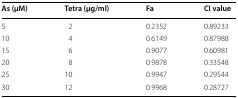
<table><thead><tr><td><b>As (μM)</b></td><td><b>Tetra (μg/ml)</b></td><td><b>Fa</b></td><td><b>CI value</b></td></tr></thead><tbody><tr><td>5</td><td>2</td><td>0.2352</td><td>0.89233</td></tr><tr><td>10</td><td>4</td><td>0.6149</td><td>0.87988</td></tr><tr><td>15</td><td>6</td><td>0.9077</td><td>0.60981</td></tr><tr><td>20</td><td>8</td><td>0.9878</td><td>0.33548</td></tr><tr><td>25</td><td>10</td><td>0.9947</td><td>0.29544</td></tr><tr><td>30</td><td>12</td><td>0.9968</td><td>0.28727</td></tr></tbody></table>